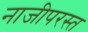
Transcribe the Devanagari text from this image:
नाजीपरस्त